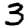
Digit: 3